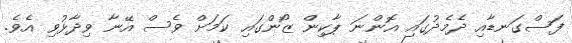
ފަސްގަނޑާއި ދެމެދުގައި އޮންނަ ޕާކިން ޒޯންގައި ކަމަށް ވެސް އޭނާ ވިދާޅުވި އެވެ.